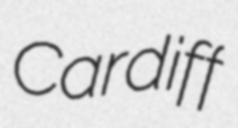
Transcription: Cardiff